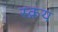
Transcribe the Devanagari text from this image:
स्क्रय